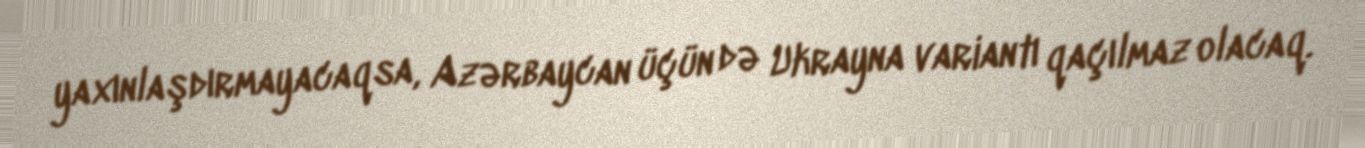
yaxınlaşdırmayacaqsa, Azərbaycan üçün də Ukrayna variantı qaçılmaz olacaq.